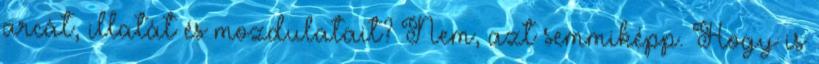
arcát, illatát és mozdulatait? Nem, azt semmiképp. Hogy is